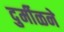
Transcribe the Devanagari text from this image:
दुर्मीळने